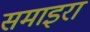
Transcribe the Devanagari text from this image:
समाइरा